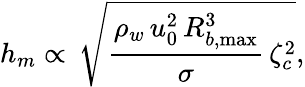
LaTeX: h_{m}\propto\, \sqrt{\frac{\rho_{w}\, u_{0}^{2}\, R_{b,\operatorname*{max}}^{3}}{\sigma}\, \zeta_{c}^{2}},